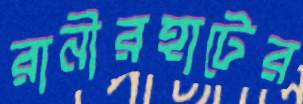
রানীরহাটের